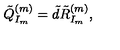
\tilde { Q } _ { I _ { m } } ^ { ( m ) } = \tilde { d } \tilde { R } _ { I _ { m } } ^ { ( m ) } ,